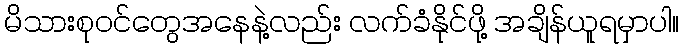
မိသားစုဝင်တွေအနေနဲ့လည်း လက်ခံနိုင်ဖို့ အချိန်ယူရမှာပါ။